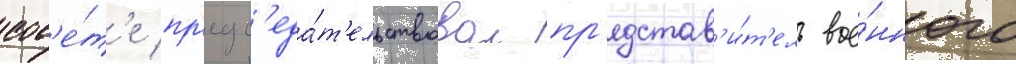
сов'е́т'е пр'едс'еда́т'ельствовал пр'едстав'и́т'ель вое́нного